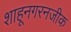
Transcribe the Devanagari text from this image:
शाहूनगरनजीक